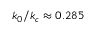
k _ { 0 } / k _ { c } \approx 0 . 2 8 5